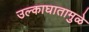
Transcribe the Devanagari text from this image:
उल्काघातामुळे